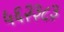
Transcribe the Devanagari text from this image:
५६२३८३